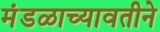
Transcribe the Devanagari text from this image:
मंडळाच्यावतीने